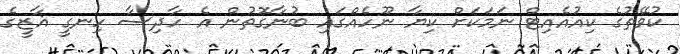
ކުވޭތުގެ ކިއުއެއިޓް ނަމަކަށް ކިޔާ ނޫހެއްގައި ބުނާގޮތުން އެ ހާދިސާ ހިނގީ ޣާޒީގެ